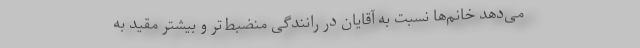
می‌دهد خانم‌ها نسبت به آقایان در رانندگی منضبط‌تر و بیشتر مقید به